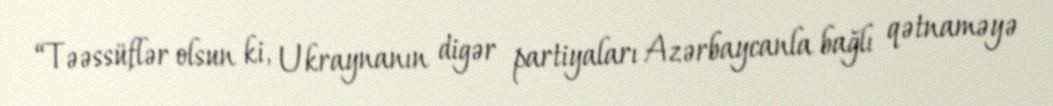
“Təəssüflər olsun ki, Ukraynanın digər partiyaları Azərbaycanla bağlı qətnaməyə